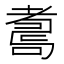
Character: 𦓆